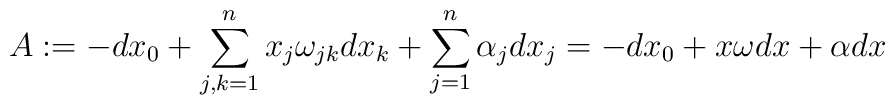
A 	:= 	- dx_0	+ \sum_{j,k=1}^n x_j \omega_{jk} dx_k	+ \sum_{j=1}^n       \alpha_j    dx_j	= 	- dx_0 + x \omega dx + \alpha dx